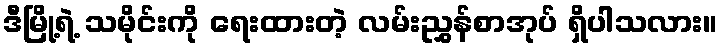
ဒီမြို့ရဲ့ သမိုင်းကို ရေးထားတဲ့ လမ်းညွှန်စာအုပ် ရှိပါသလား။